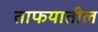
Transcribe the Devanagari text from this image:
ताफयातील